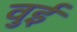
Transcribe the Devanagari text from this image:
वुई